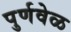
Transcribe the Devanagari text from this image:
पुर्णवेळ